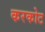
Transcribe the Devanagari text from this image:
करकोट